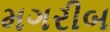
મગરીબ